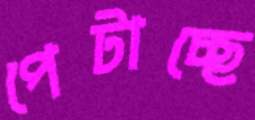
পেটাচ্ছে